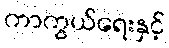
ကာကွယ်ရေးနှင့်